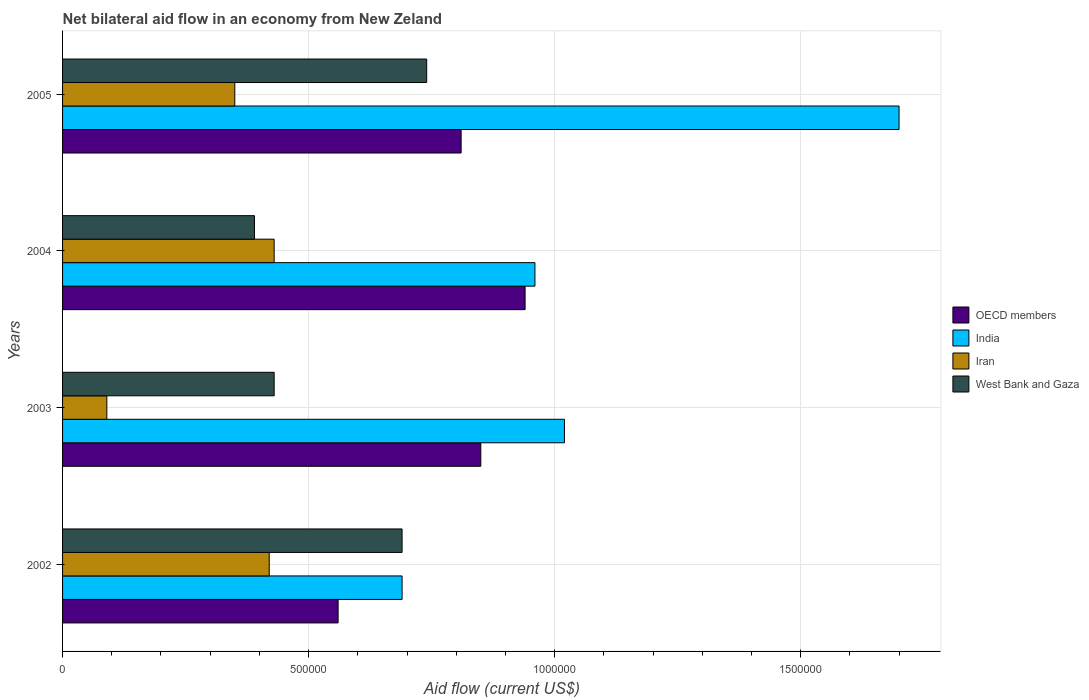
| Years | OECD members | India | Iran | West Bank and Gaza |
 | --- | --- | --- | --- | --- |
 | 2002 | 5.6e+05 | 6.9e+05 | 4.2e+05 | 6.9e+05 |
 | 2003 | 8.5e+05 | 1.02e+06 | 9e+04 | 4.3e+05 |
 | 2004 | 9.4e+05 | 9.6e+05 | 4.3e+05 | 3.9e+05 |
 | 2005 | 8.1e+05 | 1.7e+06 | 3.5e+05 | 7.4e+05 |